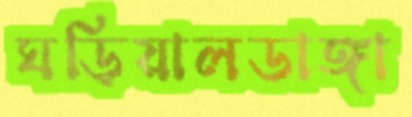
ঘড়িয়ালডাঙ্গা